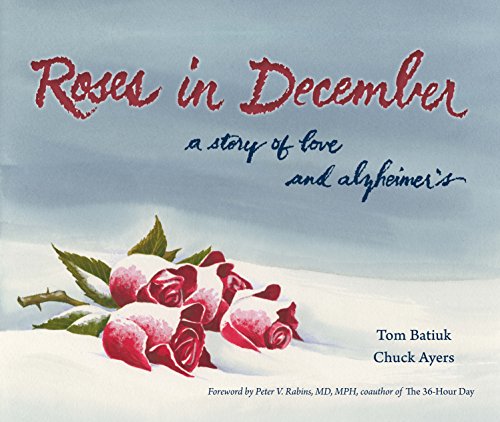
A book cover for Roses in December: A Story of Love and Alzheimer's (Literature and Medicine); Tom Batiuk; Humor & Entertainment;